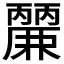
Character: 𮭹